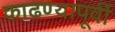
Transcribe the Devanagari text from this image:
काढण्यापूर्वी